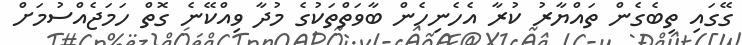
ގޭގައި ތިބެގެން ތައްޔާރު ކުރާ އެހެނިހެން ބާވަތްތަކުގެ މުދާ ވިއްކޭނެ ގޮތް ހަމަޖެއްސުމަށް